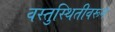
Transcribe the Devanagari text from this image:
वस्तुस्थितीवरून